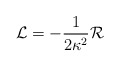
\begin{align*}{\cal{L}}=-\frac{1}{2\kappa^{2}}{\cal{R}}\end{align*}